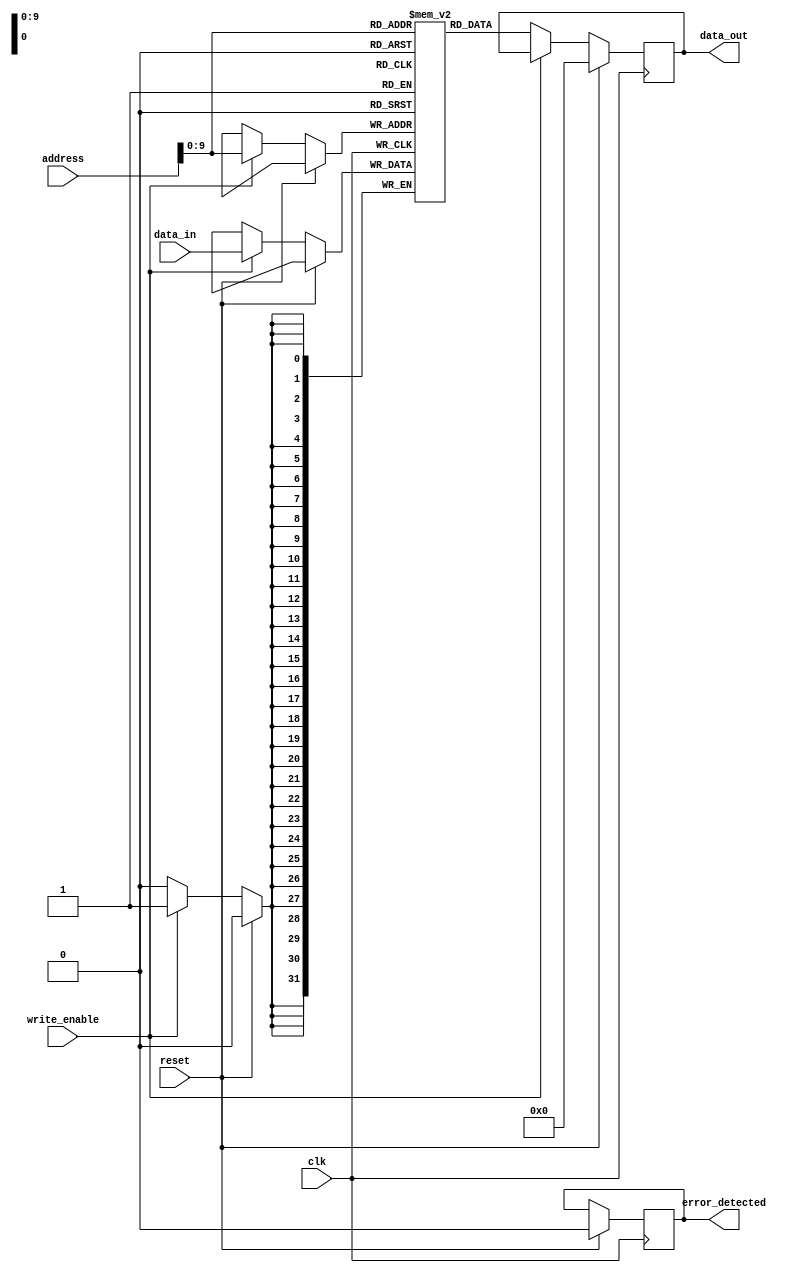
module SDRAM (
    input wire clk,
    input wire reset,
    input wire write_enable,
    input wire [31:0] address,
    input wire [31:0] data_in,
    output reg [31:0] data_out,
    output reg error_detected
);

reg [31:0] memory [0:1023]; // Memory array with 1024 locations

always @(posedge clk) begin
    if (reset) begin
        data_out <= 0;
        error_detected <= 0;
    end else begin
        if (write_enable) begin
            memory[address] <= data_in; // Write operation
        end else begin
            data_out <= memory[address]; // Read operation
            // Add error detection and correction mechanisms here
            // to ensure data integrity
        end
    end
end

endmodule